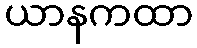
ယာနကထာ